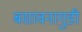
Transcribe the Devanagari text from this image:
बसावनागुडी